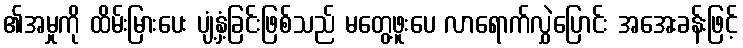
၏အမှုကို ထိမ်းမြားပေး ပျံ့နှံ့ခြင်းဖြစ်သည် မတွေ့ဖူးပေ လာရောက်လွှဲပြောင်း အအေးခန်းဖြင့်